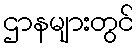
ဌာနများတွင်